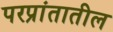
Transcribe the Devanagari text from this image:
परप्रांतातील